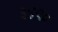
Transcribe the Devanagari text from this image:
३४९०